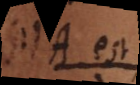
et A est